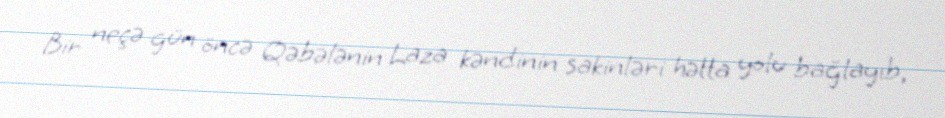
Bir neçə gün öncə Qəbələnin Laza kəndinin sakinləri hətta yolu bağlayıb,